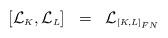
LaTeX: \begin{align*}[{\cal L}_{\scriptscriptstyle K},{\cal L}_{\scriptscriptstyle L}] \;\; = \;\;{\cal L}_{\scriptscriptstyle[K,L]_{FN}} \end{align*}